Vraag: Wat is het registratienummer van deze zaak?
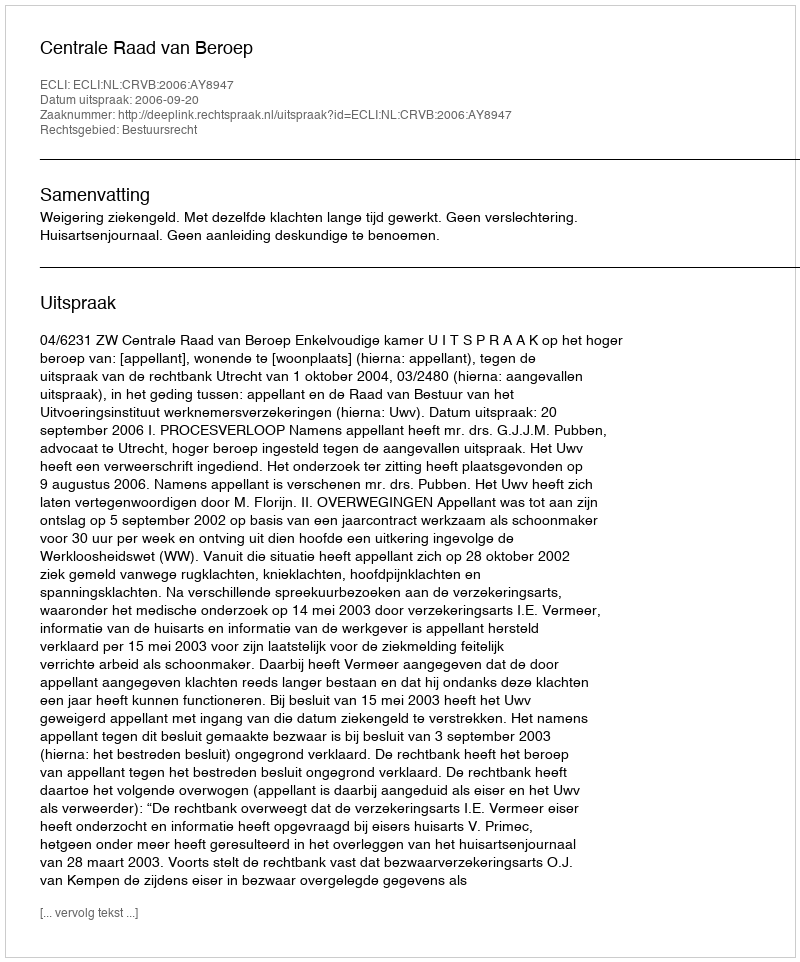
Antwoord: http://deeplink.rechtspraak.nl/uitspraak?id=ECLI:NL:CRVB:2006:AY8947